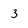
Character: 3